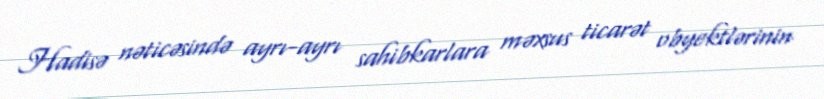
Hadisə nəticəsində ayrı-ayrı sahibkarlara məxsus ticarət obyektlərinin